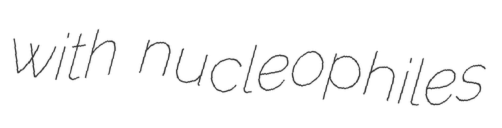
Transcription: with nucleophiles